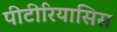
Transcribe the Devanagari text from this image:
पीटीरियासिस